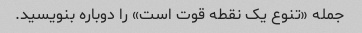
جمله «تنوع یک نقطه قوت است» را دوباره بنویسید.